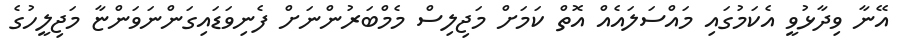
އޭނާ ވިދާޅުވީ އެކަމުގައި މައްސަލައެއް އޮތް ކަމަށް މަޖިލިސް މެމްބަރުންނަށް ފެނިވަޑައިގަންނަވަންޏާ މަޖިލީހުގެ